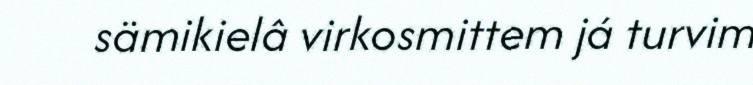
sämikielâ virkosmittem já turvim